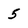
Character: 5